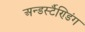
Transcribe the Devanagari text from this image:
अन्डर्स्टैण्डिंग